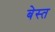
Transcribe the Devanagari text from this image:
बेस्त